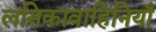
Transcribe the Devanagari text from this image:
लसिकावाहिनियाँ